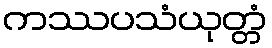
ကဿပသံယုတ္တံ